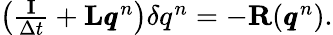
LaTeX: \begin{array}{r}{\left(\frac{\mathbf I}{\Delta t}+\mathbf{L}\pmb q^{n}\right)\delta q^{n}=-\mathbf{R}(\pmb q^{n}).}\end{array}